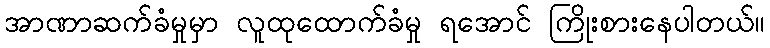
အာဏာဆက်ခံမှုမှာ လူထုထောက်ခံမှု ရအောင် ကြိုးစားနေပါတယ်။